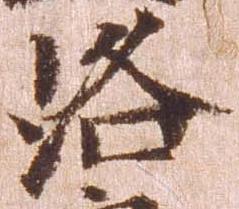
洛